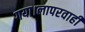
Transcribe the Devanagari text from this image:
गया।लापरवाही